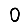
Digit: 0